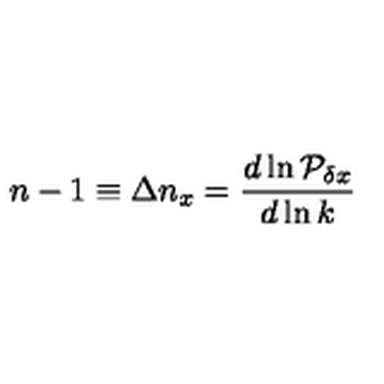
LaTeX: n - 1 \equiv \Delta n _ { x } = { \frac { d \ln { \cal P } _ { \delta x } } { d \ln k } }